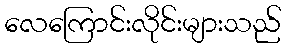
လေကြောင်းလိုင်းများသည်